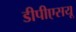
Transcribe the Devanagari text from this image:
डीपीएसयू